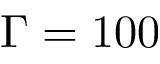
\Gamma = 1 0 0